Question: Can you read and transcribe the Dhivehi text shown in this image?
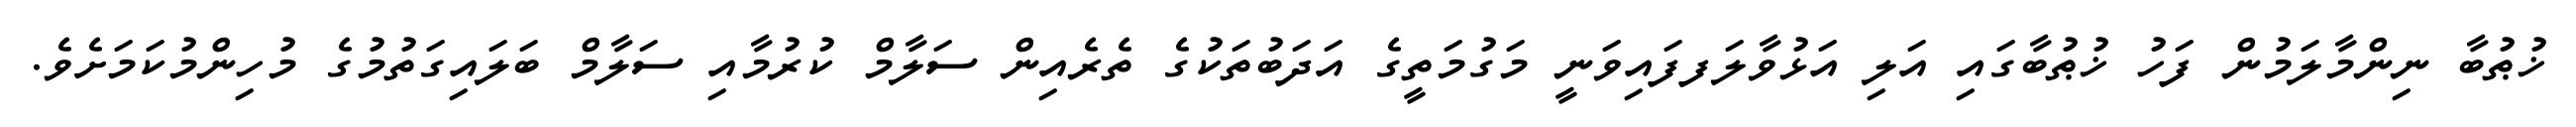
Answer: ޚުޠުބާ ނިންމާލަމުން ފަހު ޚުޠުބާގައި އަލި އަޅުވާލަފފައިވަނީ މަގުމަތީގެ އަދަބުތަކުގެ ތެރެއިން ސަލާމް ކުރުމާއި ސަލާމް ބަލައިގަތުމުގެ މުހިންމުކަމަށެވެ.